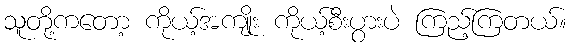
သူတို့ကတော့ ကိုယ့်အကျိုး ကိုယ့်စီးပွားပဲ ကြည့်ကြတယ်။